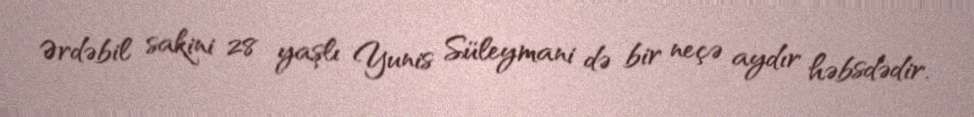
Ərdəbil sakini 28 yaşlı Yunis Süleymani də bir neçə aydır həbsdədir.